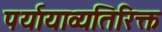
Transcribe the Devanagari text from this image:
पर्यायाव्यतिरिक्त